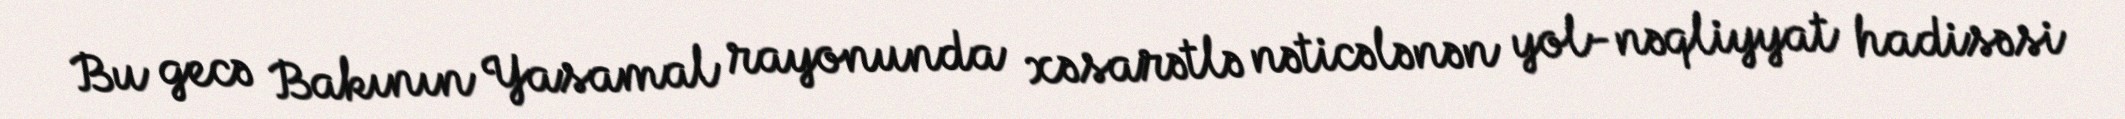
Bu gecə Bakının Yasamal rayonunda xəsarətlə nəticələnən yol-nəqliyyat hadisəsi